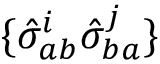
\{ \hat { \sigma } _ { a b } ^ { i } \hat { \sigma } _ { b a } ^ { j } \}